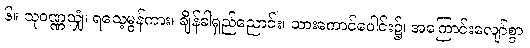
၆။ သုဝဏ္ဏသျှံ၊ ရသေ့မွန်ကား၊ ချိန်ခါရှည်ညောင်း၊ သားကောင်ပေါင်း၌၊ အကြောင်းလျော်စွာ၊